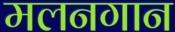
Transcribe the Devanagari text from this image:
मलनगान